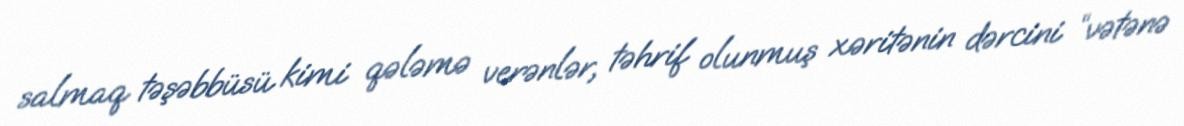
salmaq təşəbbüsü kimi qələmə verənlər, təhrif olunmuş xəritənin dərcini “vətənə